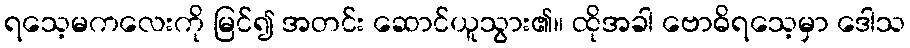
ရသေ့မကလေးကို မြင်၍ အတင်း ဆောင်ယူသွား၏။ ထိုအခါ ဗောဓိရသေ့မှာ ဒေါသ